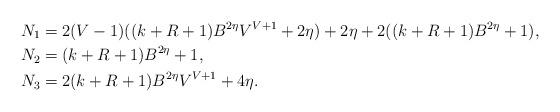
LaTeX: \begin{align*} N_1 &= 2(V-1)((k+R+1)B^{2\eta}V^{V+1} + 2\eta) + 2\eta + 2((k+R+1)B^{2\eta} + 1),\\ N_2 &= (k+R+1)B^{2\eta} + 1,\\ N_3 &= 2(k + R + 1)B^{2\eta}V^{V+1} + 4\eta.\end{align*}